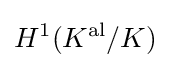
H^{1}(K^{\text{al}}/K)